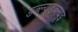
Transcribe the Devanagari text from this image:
डब्ल्यूडब्ल्यूइ